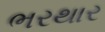
ભરથાર